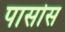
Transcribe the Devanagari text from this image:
पासोस